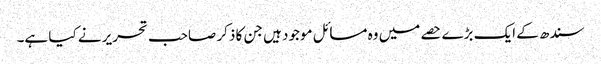
سندھ کے ایک بڑے حصے میں وہ مسائل موجود ہیں جن کا ذکر صاحب تحریر نے کیا ہے۔